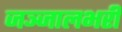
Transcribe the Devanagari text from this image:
जञ्जालभरी